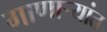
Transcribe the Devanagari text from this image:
गाणार्‍यांत